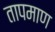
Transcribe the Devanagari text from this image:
तापमाण